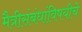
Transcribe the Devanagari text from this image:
मैत्रीसंबंधांविषयीचे